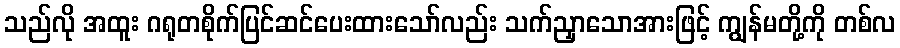
သည်လို အထူး ဂရုတစိုက်ပြင်ဆင်ပေးထားသော်လည်း သက်ညှာသောအားဖြင့် ကျွန်မတို့ကို တစ်လ